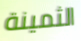
الثمينة